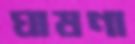
ঘাষণা